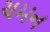
યમન